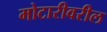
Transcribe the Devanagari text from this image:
मोटारीवरील